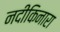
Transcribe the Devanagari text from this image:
नदीकिनारा